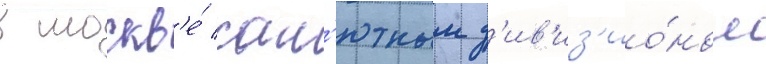
в москв'е́ сал'ютным д'ив'из'ио́ном